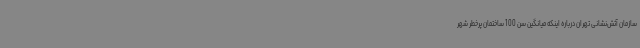
سازمان آتش‌نشانی تهران درباره اینکه میانگین سن 100 ساختمان پرخطر شهر